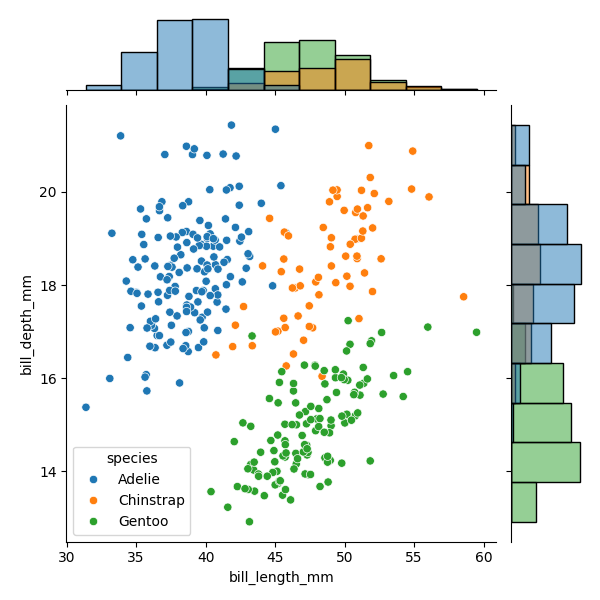
python, seaborn, JointGrid, scatterplot, histplot, hue